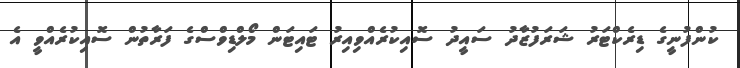
ކުންފުނީގެ ޑިރެކްޓަރު ޝަރަފުޒާދު ސައީދު ސޮއިކުރެއްވިއިރު ޓައިޓަން މޯލްޑިވްސްގެ ފަރާތުން ސޮއިކުރެއްވީ އެ